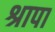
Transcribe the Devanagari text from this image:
श्रापा